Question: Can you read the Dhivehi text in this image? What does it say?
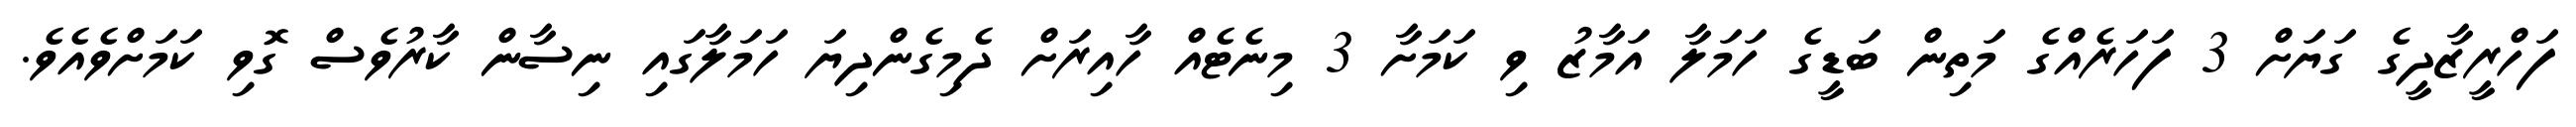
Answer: ފަހްރީޒާދީގެ ގަޔަށް 3 ފަހަރެއްގެ މަތިން ބަޑީގެ ހަމަލާ އަމާޒު ވި ކަމަށާ 3 މިނެޓެއް ހާއިރަށް ދެމިގެންދިޔަ ހަމަލާގައި ނިސާން ކާރުވެސް ގޮވި ކަމަށްވެއެވެ.